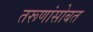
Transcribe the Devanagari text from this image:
तरूणांसोबत